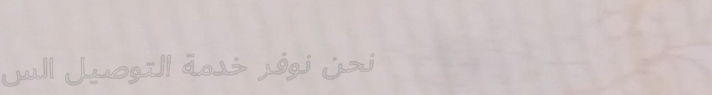
نحن نوفر خدمة التوصيل الس